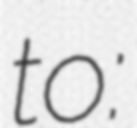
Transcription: to: